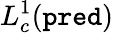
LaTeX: L_{c}^{1}(\texttt{pred})